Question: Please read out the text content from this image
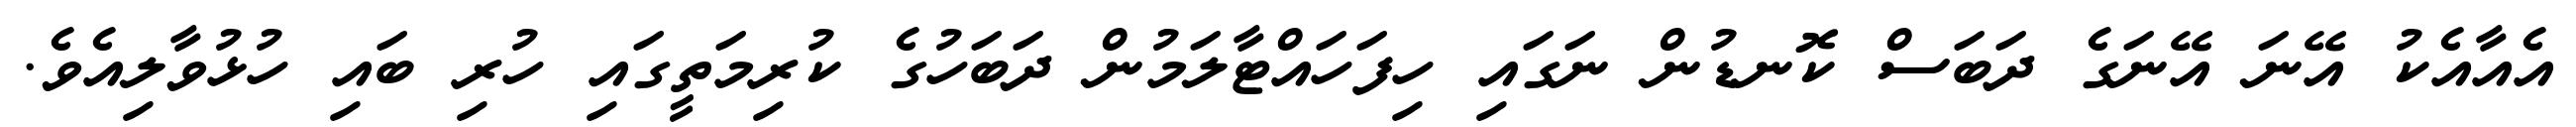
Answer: އެއާއެކު އޭނަ އޭނަގެ ދަބަސް ކޮނޑުން ނަގައި ހިފަހައްޓާލަމުން ދަބަހުގެ ކުރިމަތީގައި ހުރި ބައި ހުޅުވާލިއެވެ.